NAE_kihelkonnakohtute_kirjad_ja_protokollid_1869-1889, lk 6
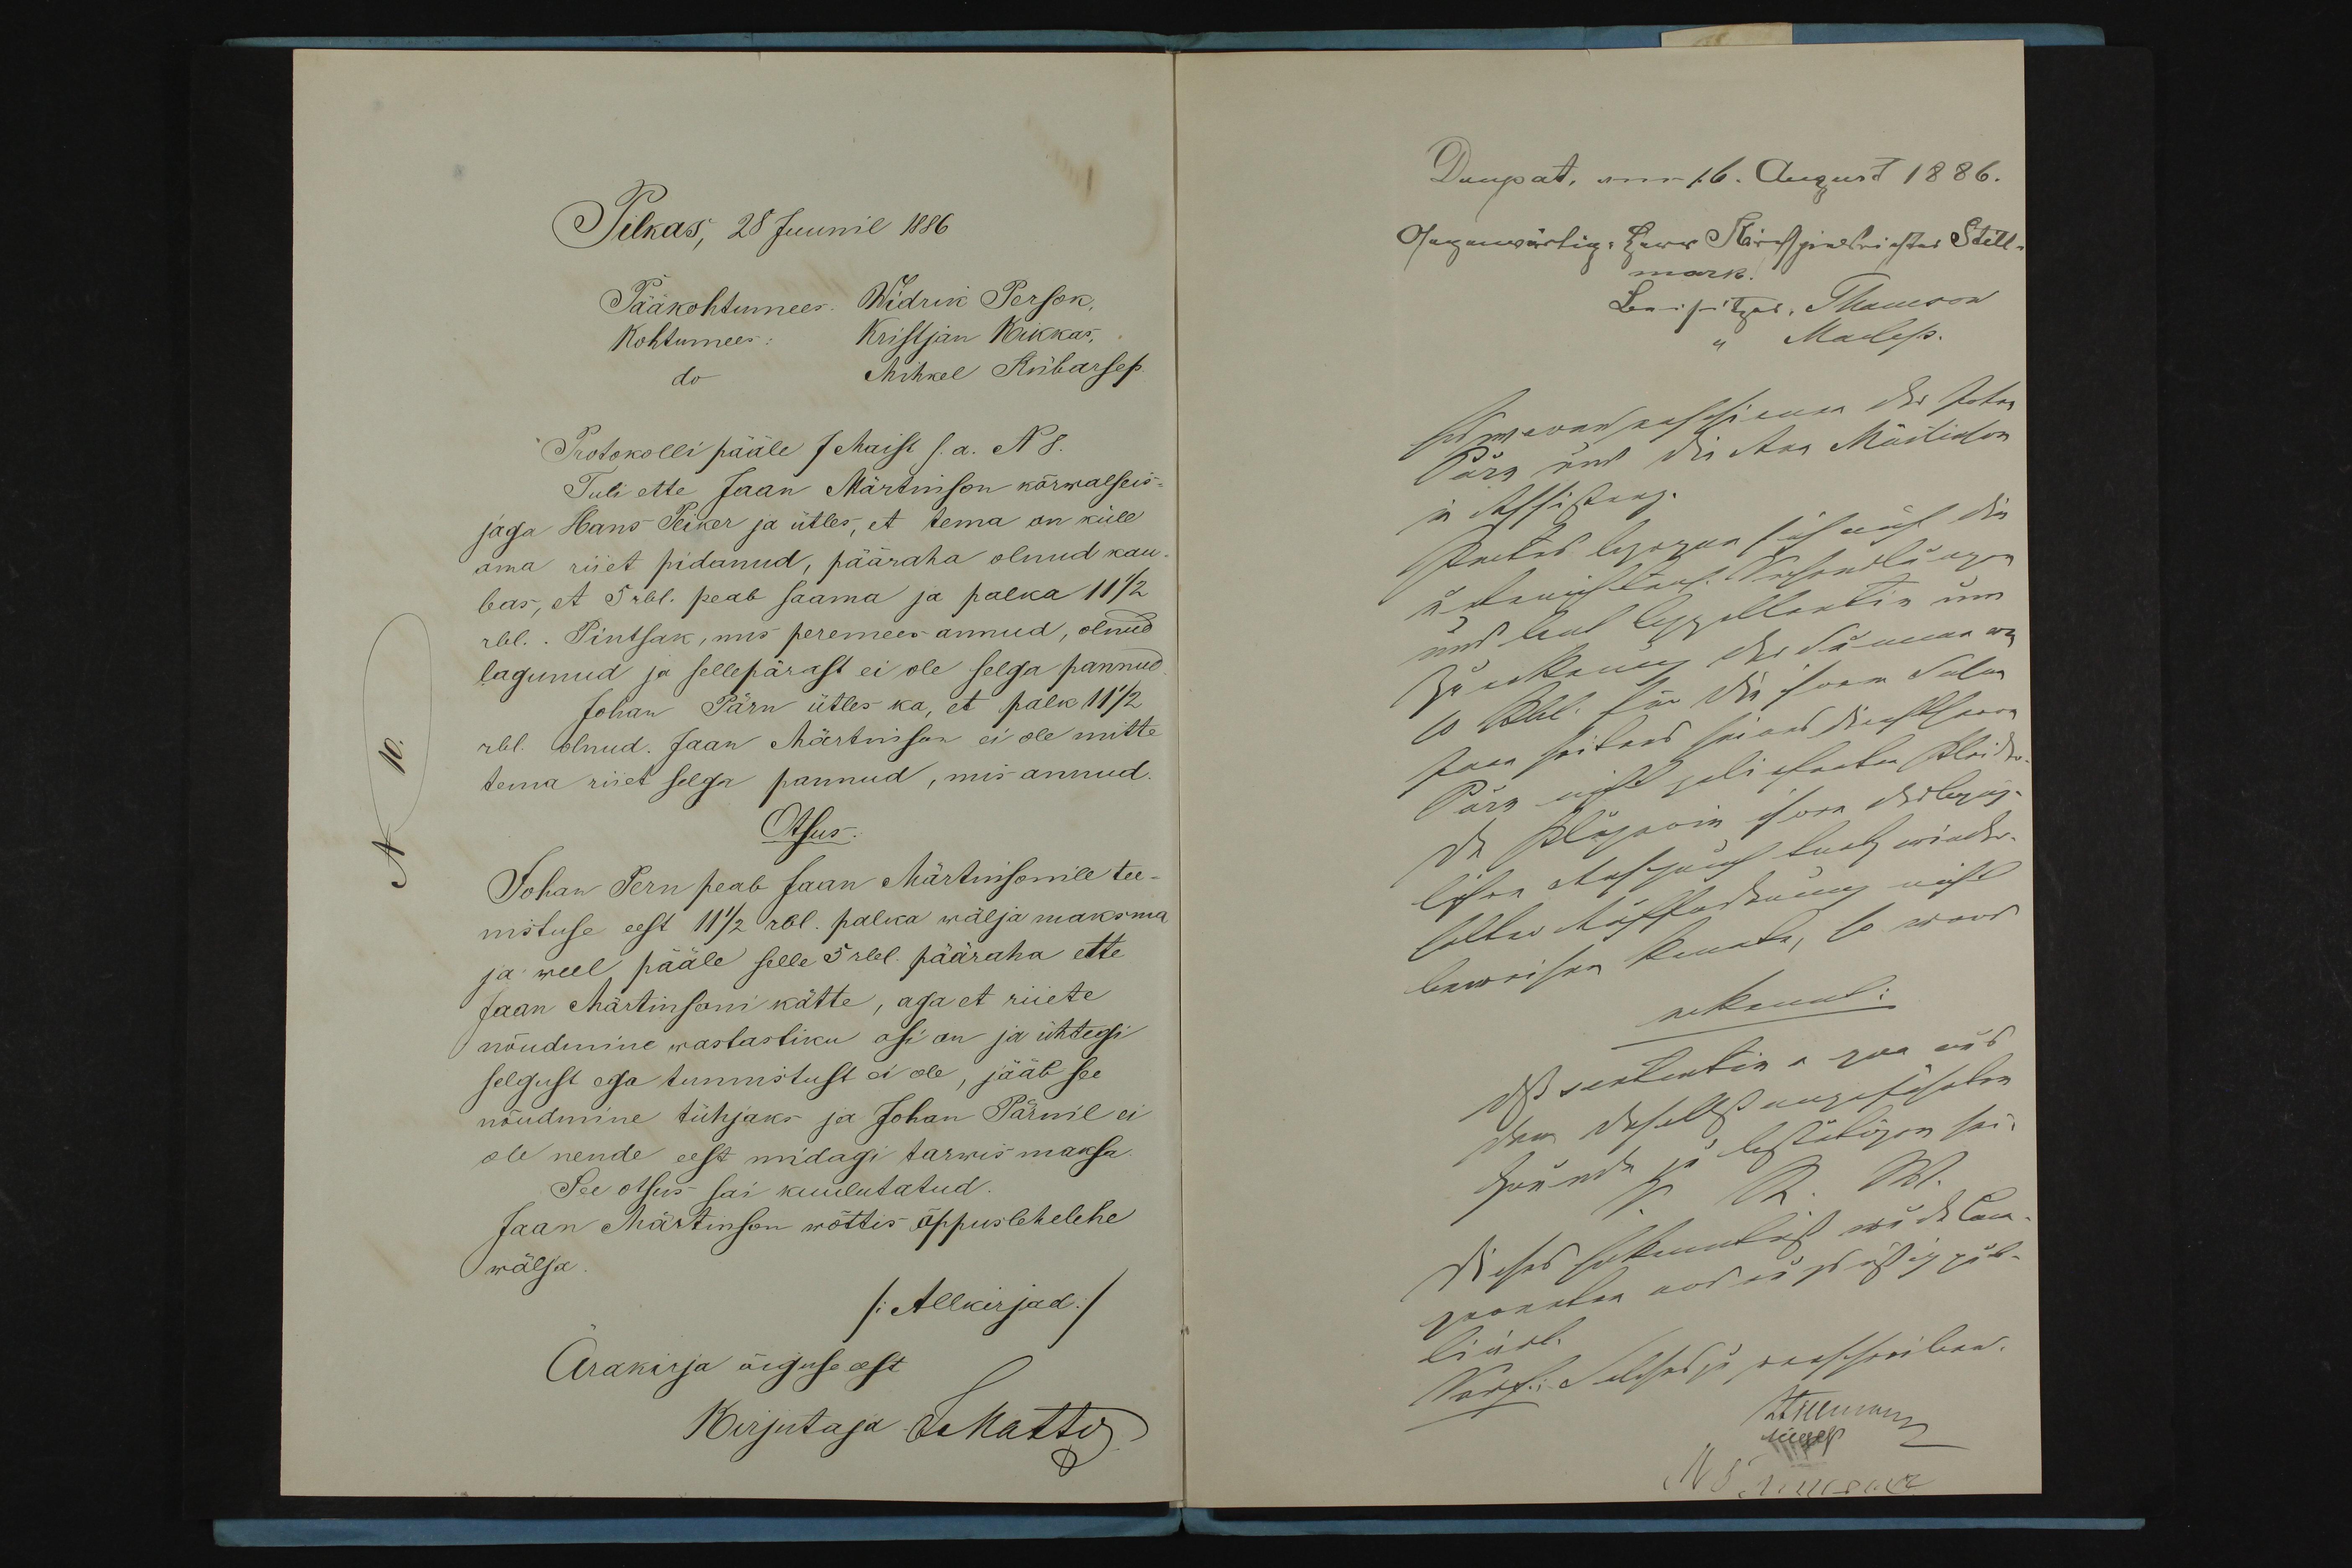
Pilkas 28 Juunil 1886
Pääkohtumees. Widrik Persok.
Kristjan Kikkas,
Kohtumees
Mihkel Kübarsep.
Protokolli pääle 7 Maist s.a. N8
Tuli ette Jaan Märtinson kõrwalseis-
jaga Hans Peiker ja ütles, et tema on küll
oma riiet pidanud, pääraha olnud kau-
bas, et 5 rbl. peab saama ja palka 11 1/2
rbl.. Pintsak, mis peremees annud, olnud
lagunud ja sellepärast ei ole selga pannud.
Johan Pärn ütles ka, et palk 11 1/2
rbl. Olnud. Jaan Märtinson ei ole mitte
tema riiet selga pannud, mis annud.
Otsus
Johan Pern peab Jaan Märtinsonile tee-
nituse eest 11 1/2 rbl. palka wälja maksma
ja weel, pääle selle 5 rbl. pääraha ette
Jaan Märtinsoni kätte, aga et riiete
nõudmine wastastiku asi on ja ühtegi
selgust ega tunnistust ei ole, jääb see
nõudmine tühjaks ja Johan Pärnil ei
ole nende eest midagi tarwis maksa
See otsus sai kuulutatud.
Jaan Märtinson wõttis õppuslehelehe
wälja
/Allkirjad./
Ärakirja õiguse eest